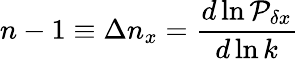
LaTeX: n-1\equiv\Delta n_{x}={\frac{d\ln{\cal P}_{\delta x}}{d\ln k}}